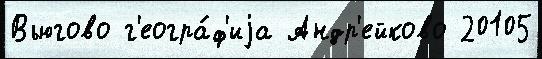
Вьюгово г'еогра́ф'иjа Андр'ейково 20105